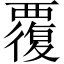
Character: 覆